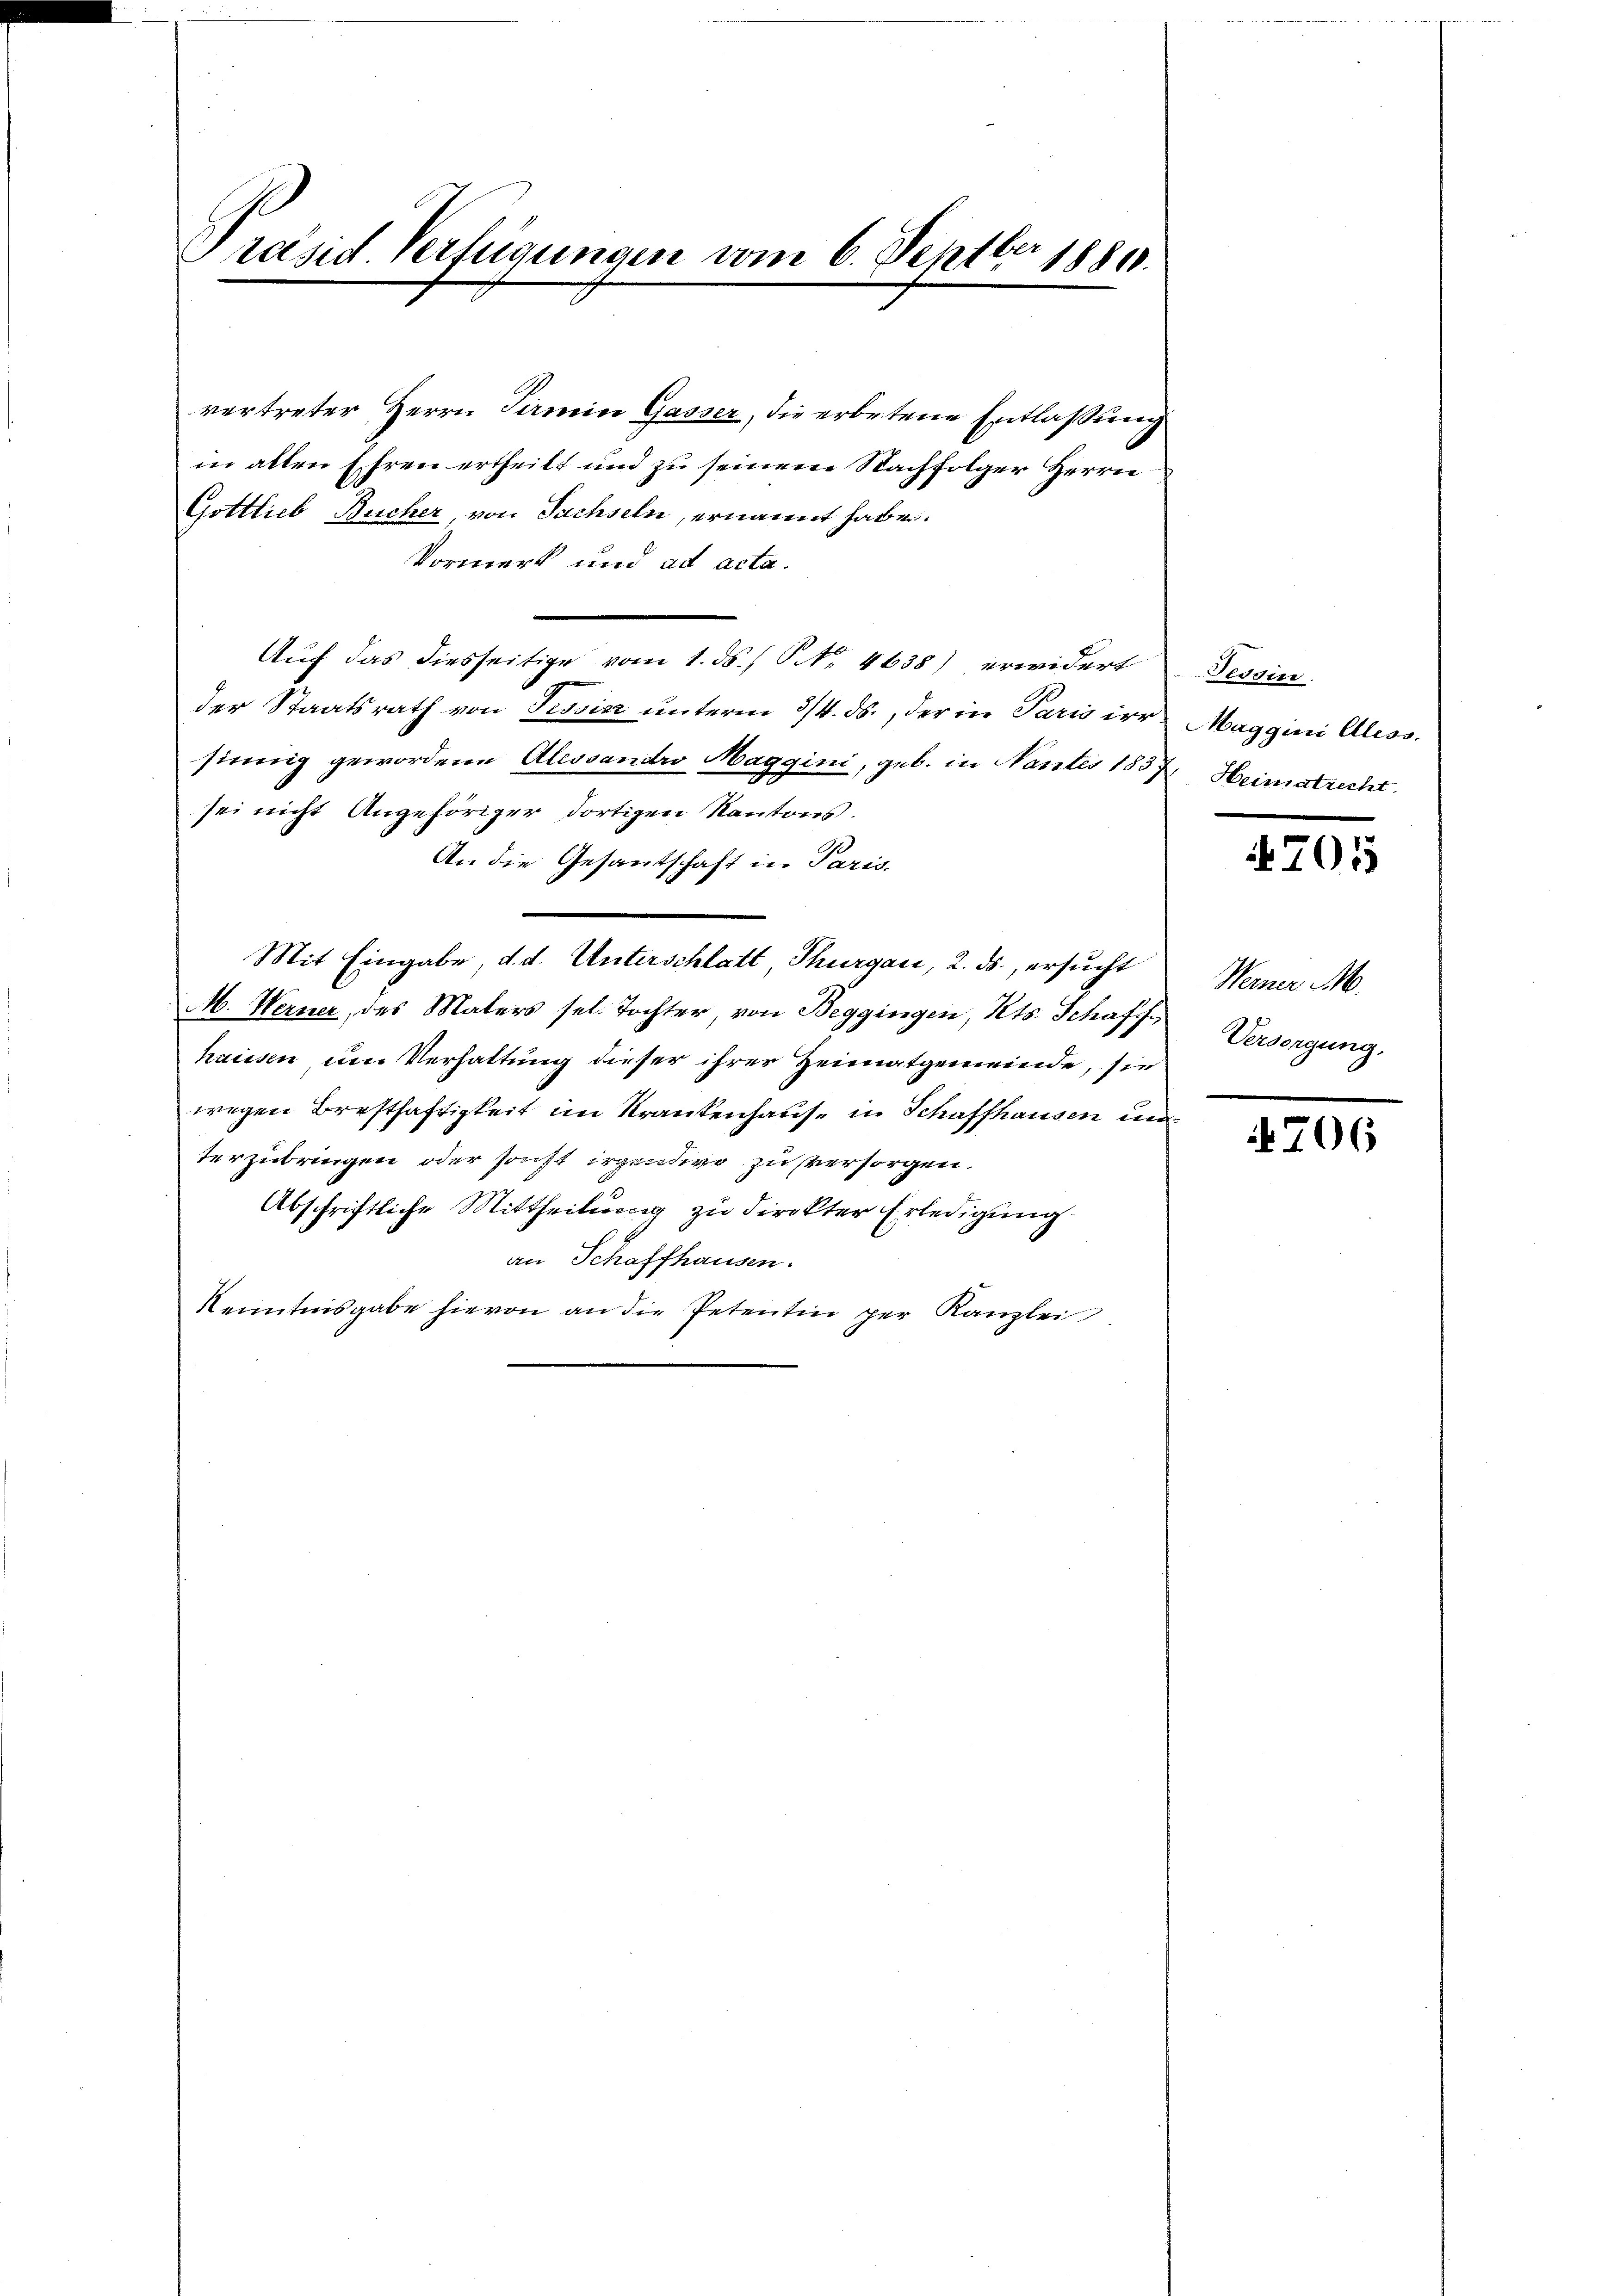
Präsid Verfügungen vom 6. Septber
18800.

vertreter Herrn Pirmin Gasser, die erbotene Entlassung
in allen Ehren ertheilt und zu seinem Nachfolger Herrn
Gottlieb Bucher, von Sachseln, ernannt habe.
Vormerk und ad acta.
Auf das diesseitige vom 1. ds. / NNo. 4638) erwidert
der Staatsrath von Tessin unterm 3/4. ds., der in Paris irr Maggini Aless.
sinnig gewordene Alessandro Maggini, geb. in Nantes 1857, Heimatrecht
sei nicht Angehöriger dortigen Kantons.
An die Gesantschaft in Paris,
e
Mit Eingabe, d. d. Unterschlatt, Thurgau, 2. ds., ersucht
M. Werner, des Maters sel. Tochter, von Beggingen, Kts. Schaff
hausen, um Verhaltung dieser ihrer Heimatgemeinde, sie
wegen Bresthaftigkeit im Krankenhause in Schaffhausen un
terzubringen oder sonst irgendwo zu versorgen.
Abschriftliche Mittheilung zu direkter Erledigung
an Schaffhausen.
Kenntnisgabe hievon an die Petentin per Kanzlei

Tessin

4705

Weiner M.
Versengung,

706